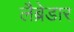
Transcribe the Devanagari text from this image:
लैब्रेडार